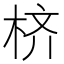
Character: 𪲎